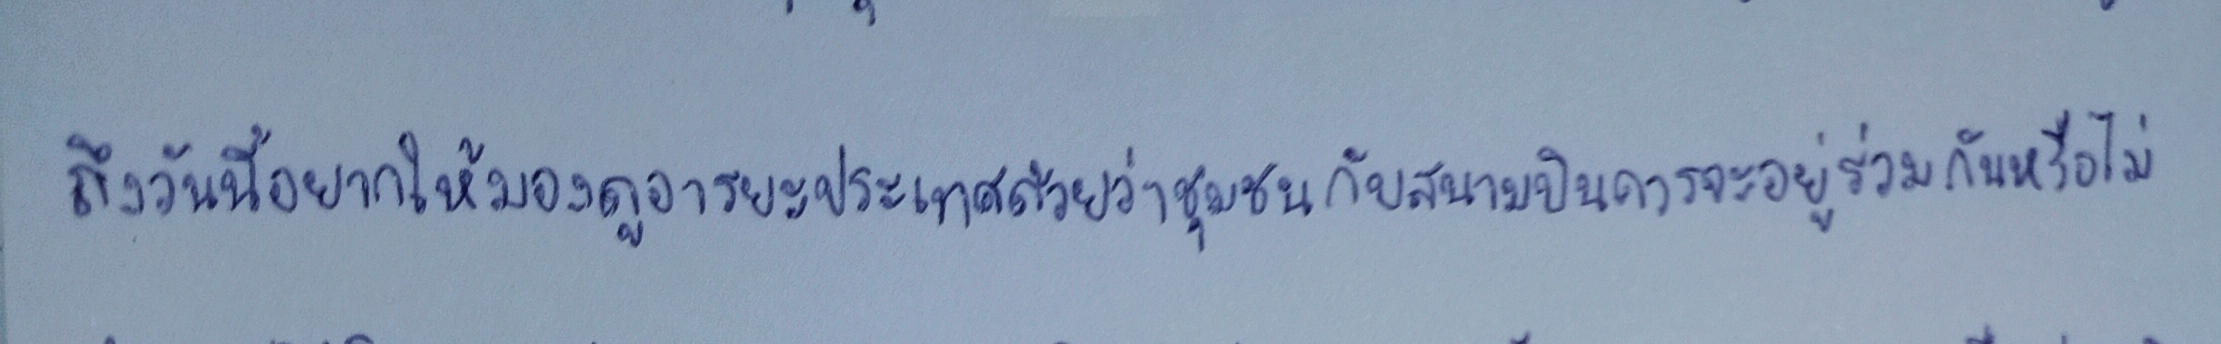
ถึงวันนี้อยากให้มองดูอารยะประเทศด้วยว่าชุมชนกับสนามบินควรจะอยู่ร่วมกันหรือไม่